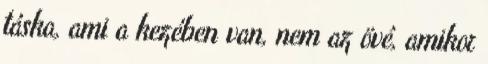
táska, ami a kezében van, nem az övé, amikor